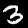
Label: 3